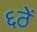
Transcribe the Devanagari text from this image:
६ठें